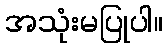
အသုံးမပြုပါ။